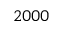
2 0 0 0